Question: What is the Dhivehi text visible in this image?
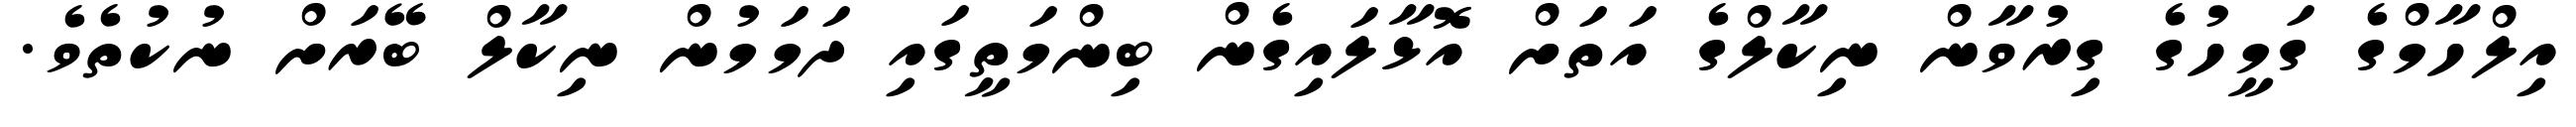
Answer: އިލްހާމްގެ ގަމީހުގެ ގިރުވާން ނިކާލްގެ އަތަށް އޮޅާލައިގެން ބިންމަތީގައި ދަމަމުން ނިކާލް ބޭރަށް ނުކުތެވެ.